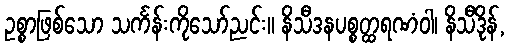
ဥစ္စာဖြစ်သော သင်္ကန်းကိုသော်ညင်း။ နိသီဒနပစ္စတ္ထရဏံဝါ၊ နိသီဒိုန်,